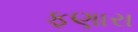
ફણારા